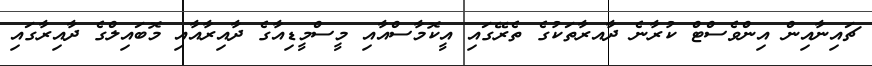
ޗައިނާއިން އިންވެސްޓް ކުރާނެ ދާއރާތަކުގެ ތެރޭގައި އީކޮމާސްއާއި މީސްމީޑިއާގެ ދާއިރާއާއި މޮބައިލްގެ ދާއިރާގައި